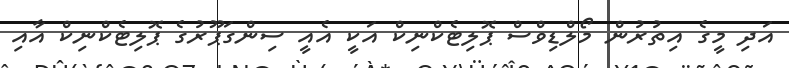
އަދި މީގެ އިތުރުން މޯލްޑިވްސް ޕޮލިޓެކްނިކް އަކީ އެއީ ސިންގަޕޫރުގެ ޕޮލިޓެކްނިކް އާއި